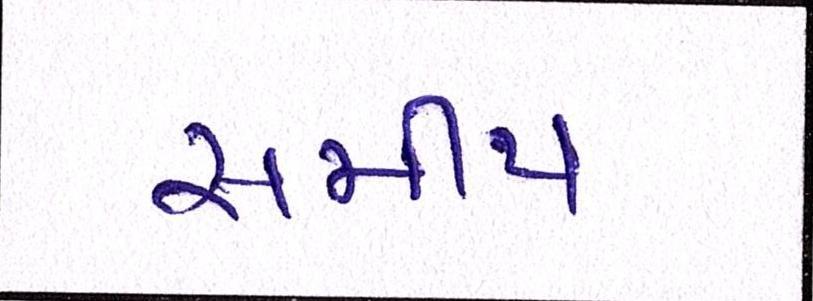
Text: સમીપ